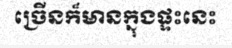
ច្រើនក៏មានក្នុងផ្ទះនេះ